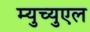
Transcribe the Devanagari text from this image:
म्युच्युएल